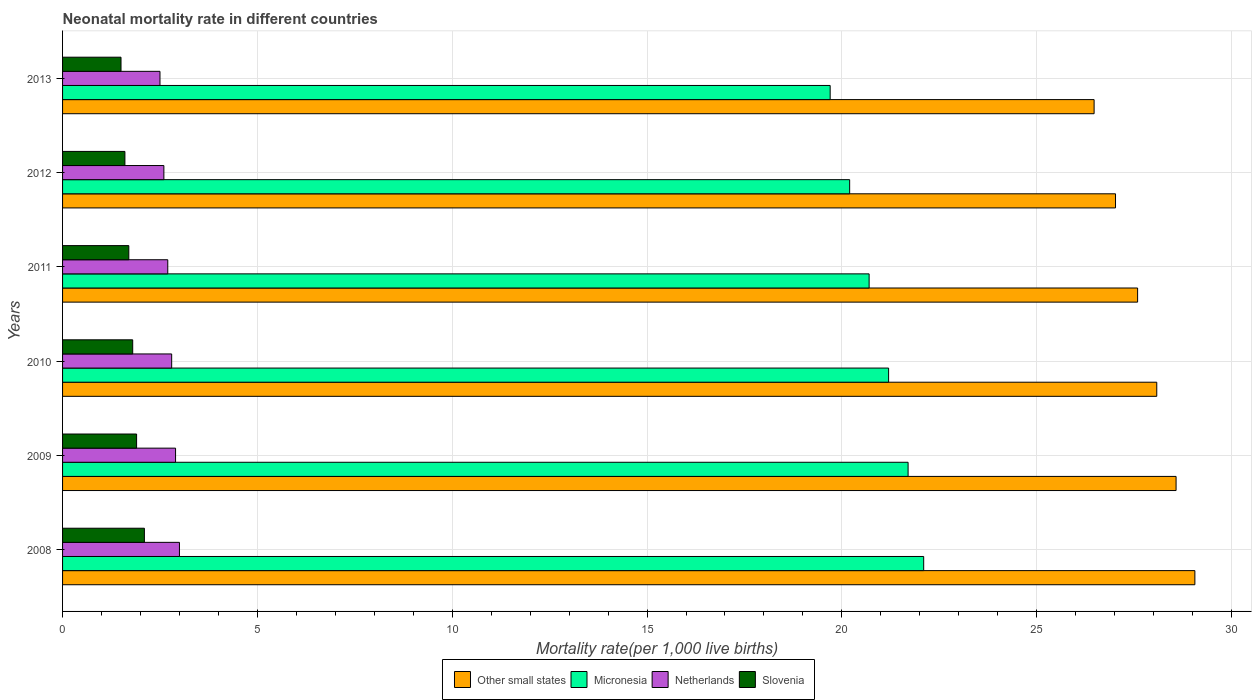
| Years | Other small states | Micronesia | Netherlands | Slovenia |
 | --- | --- | --- | --- | --- |
 | 2008 | 29.1 | 22.1 | 3 | 2.1 |
 | 2009 | 28.6 | 21.7 | 2.9 | 1.9 |
 | 2010 | 28.1 | 21.2 | 2.8 | 1.8 |
 | 2011 | 27.6 | 20.7 | 2.7 | 1.7 |
 | 2012 | 27 | 20.2 | 2.6 | 1.6 |
 | 2013 | 26.5 | 19.7 | 2.5 | 1.5 |